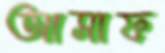
আসাফ